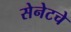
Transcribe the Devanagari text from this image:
सेनेटचे